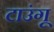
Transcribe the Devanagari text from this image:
टाउंगू